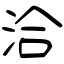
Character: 洽